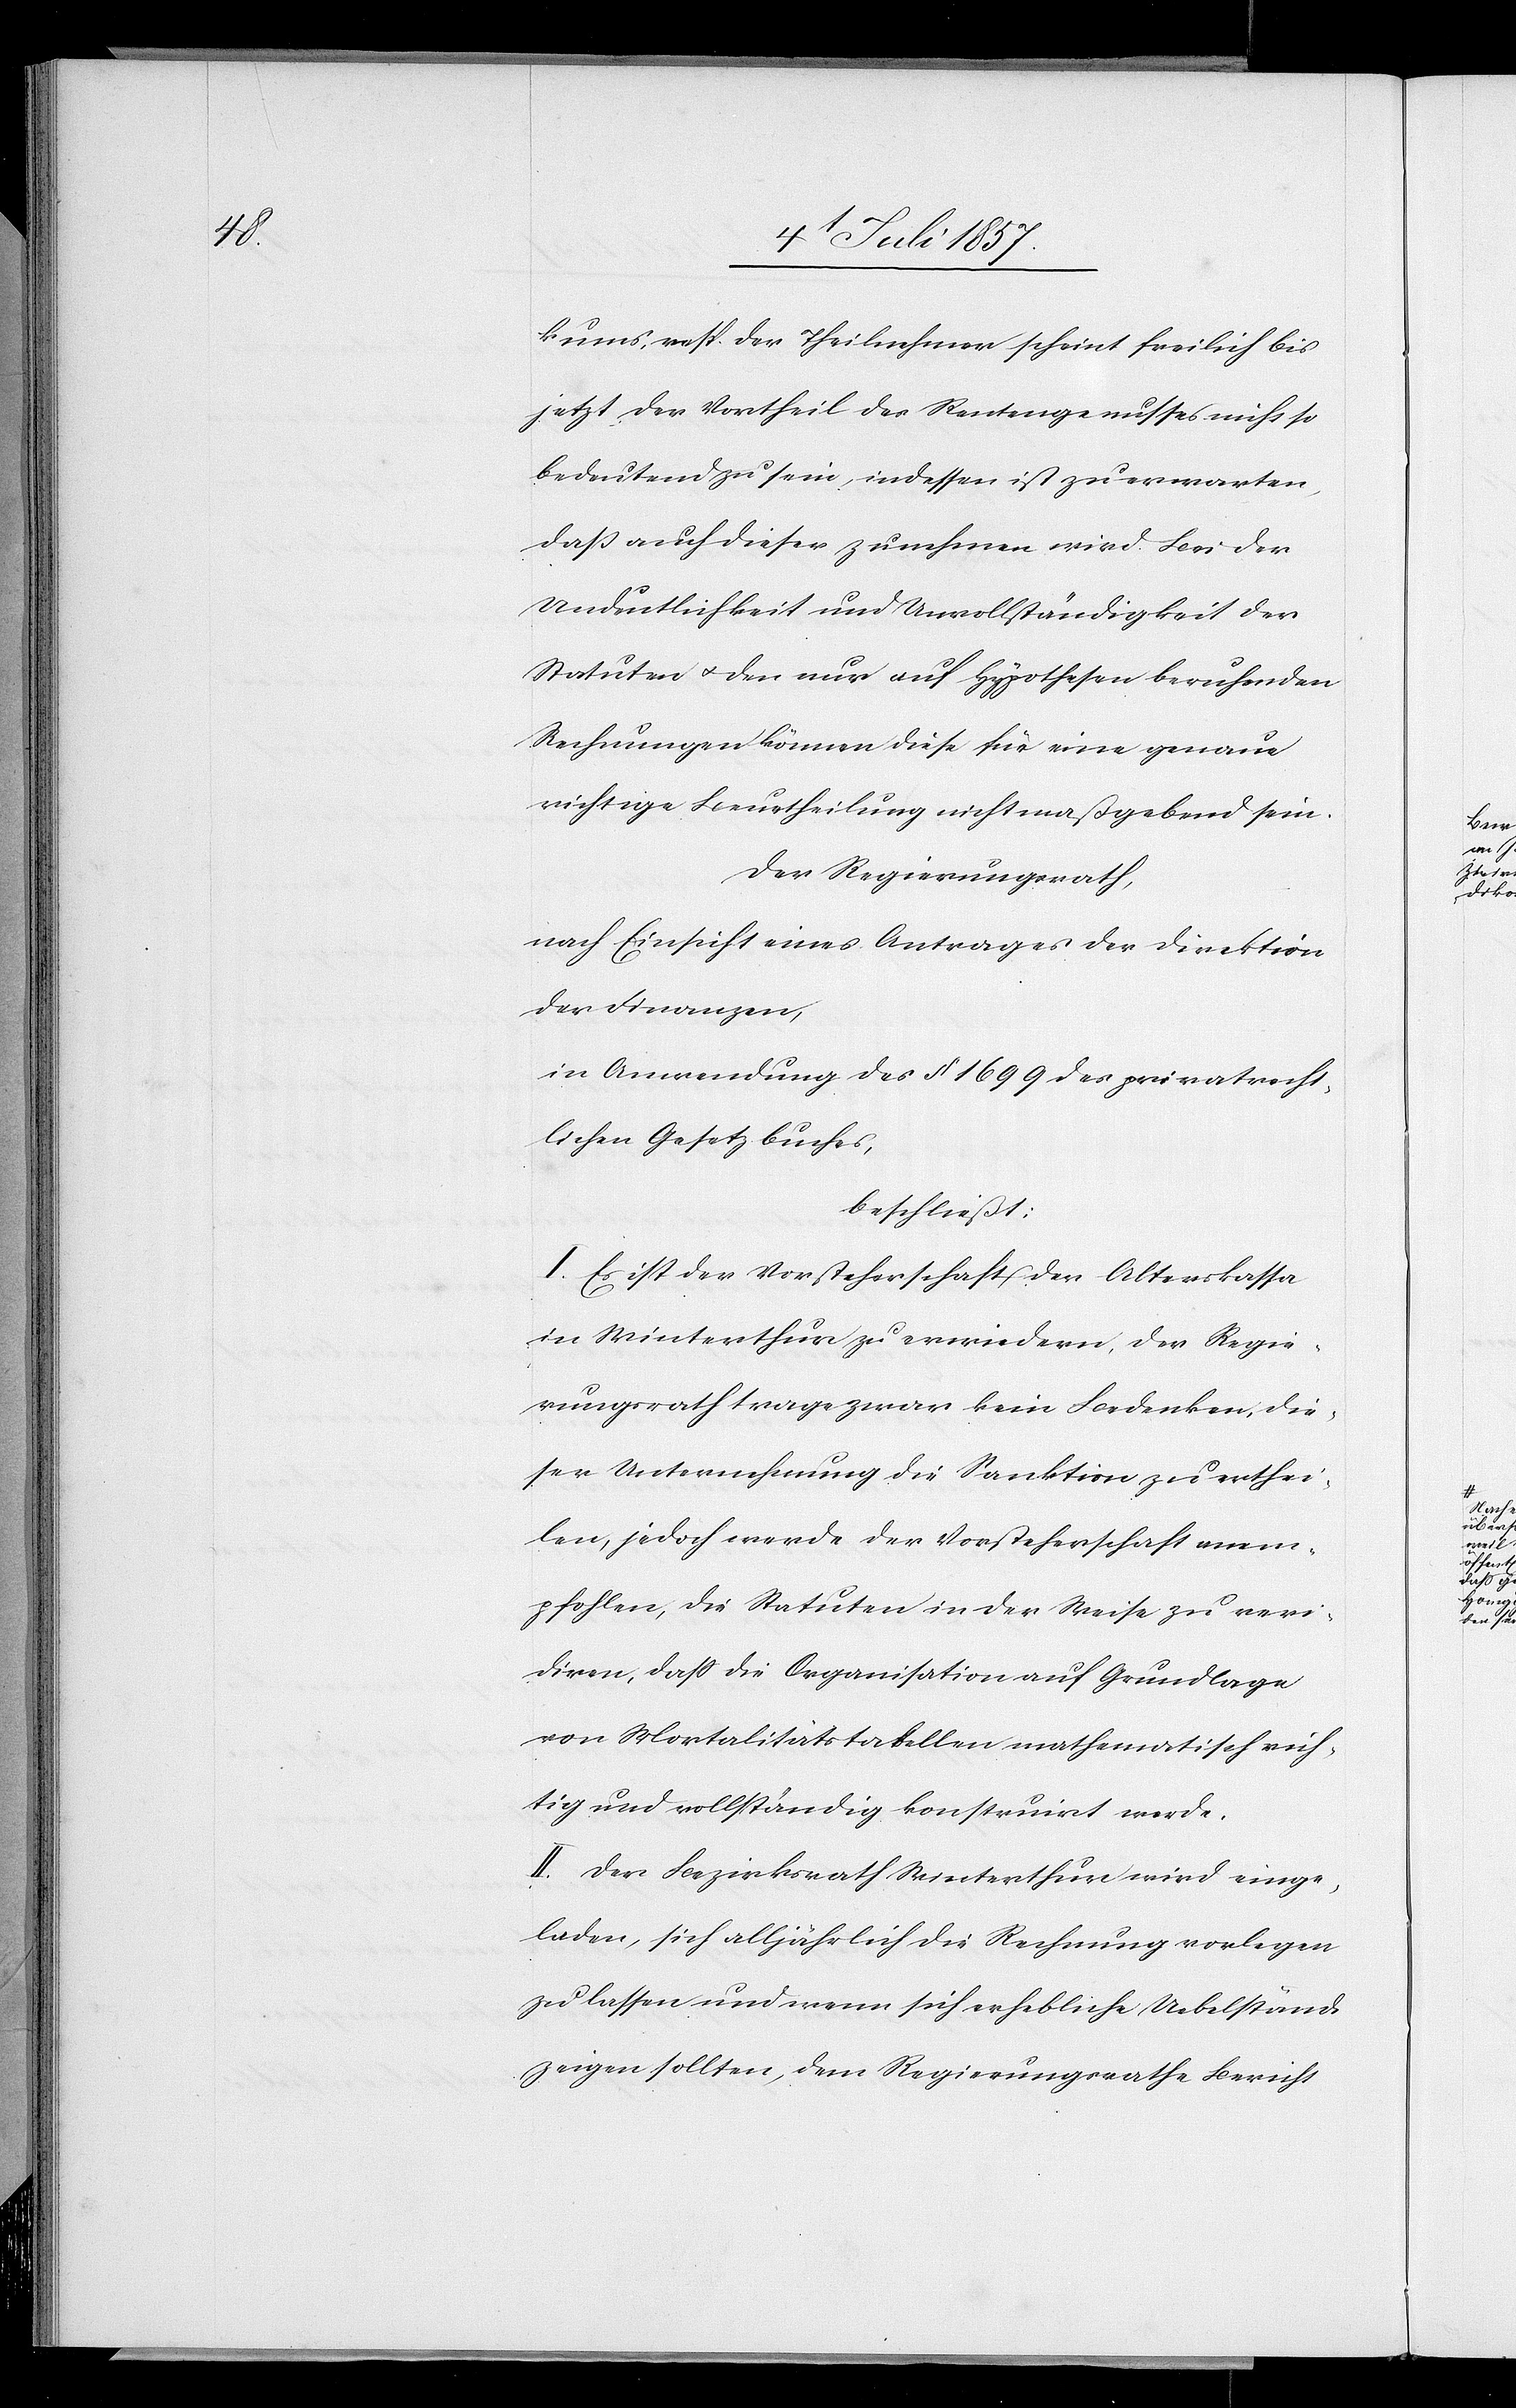
kums resp. der Theilnehmer scheint freilich bis
jetzt der Vortheil des Rentengenusses nicht so
bedeutend zu sein, indessen ist zu erwarten,
daß auch dieser zunehmen wird. Bei der
Unendlichkeit und Unvollständigkeit der
Statuten & den nur auf Hypotheken beruhenden
Rechnungen können diese für eine genaue
richtige Beurtheilung nicht maßgebend sein.
Der Regierungsrath,
nach Einsicht eines Antrages der Direktion
der Finanzen,
in Anwendung des § 1699 des privatrecht¬
lichen Gesetzbuches,
beschließt:
I. Es ist der Vorsteherschaft der Alterskassa
in Winterthur zu erwiedern, der Regie¬
rungsrath trage zwar kein Bedenken, die¬
ser Unternehmung die Sanktion zu erthei¬
len, jedoch werde der Vorsteherschaft anem¬
pfohlen, die Statuten in der Weise zu revi¬
diren, daß die Organisation auf Grundlage
von Mortalitätstabellen mathematisch rich¬
tig und vollständig konstruirt werde.
II. Der Bezirksrath Winterthur wird einge¬
laden, sich alljährlich die Rechnung vorlegen
zu lassen und wenn sich erhebliche Uebelstände
zeigen sollten, dem Regierungsrathe Bericht